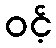
ဝင့်